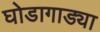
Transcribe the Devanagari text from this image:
घोडागाड्या